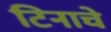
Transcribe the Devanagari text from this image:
टिनाचे